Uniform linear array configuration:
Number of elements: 4
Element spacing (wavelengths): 0.75
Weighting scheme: kaiser
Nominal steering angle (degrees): -15
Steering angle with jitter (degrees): -13.864
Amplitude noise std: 0.05
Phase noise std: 0.05

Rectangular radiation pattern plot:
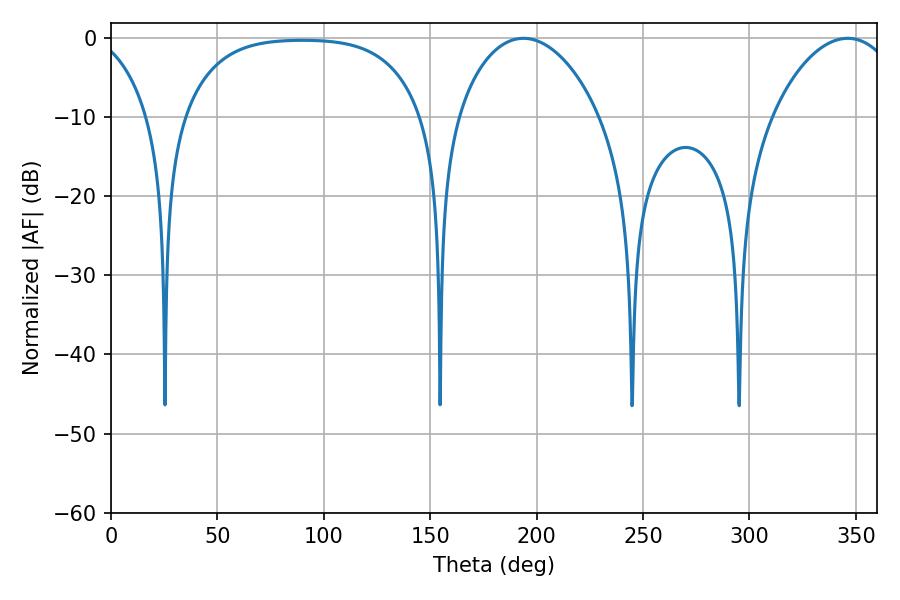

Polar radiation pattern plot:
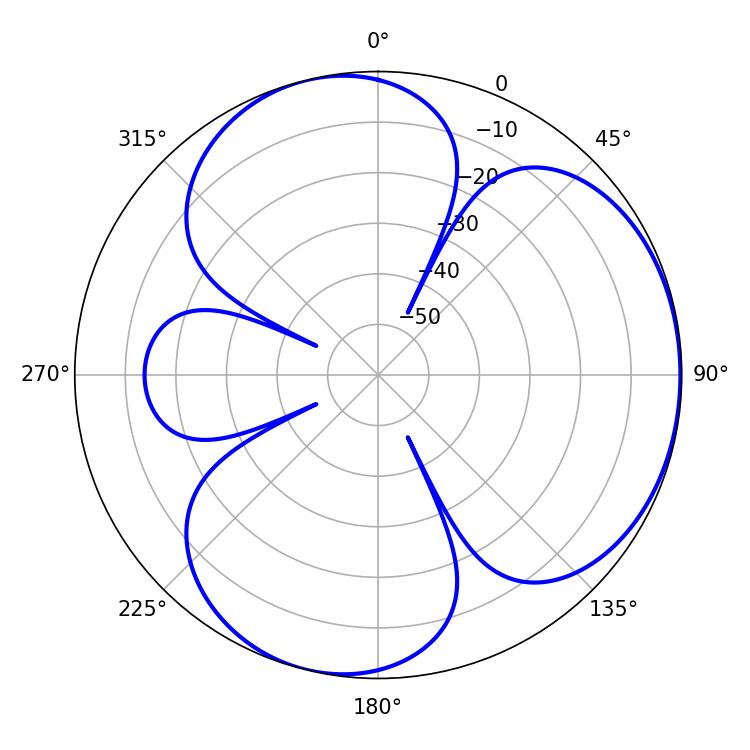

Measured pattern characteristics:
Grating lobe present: TRUE
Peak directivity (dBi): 4.084
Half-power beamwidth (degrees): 37.98
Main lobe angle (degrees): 193.86